Civil Veterinary Department. United Provinces 1923-31 - 1923-1931
Year: 1923
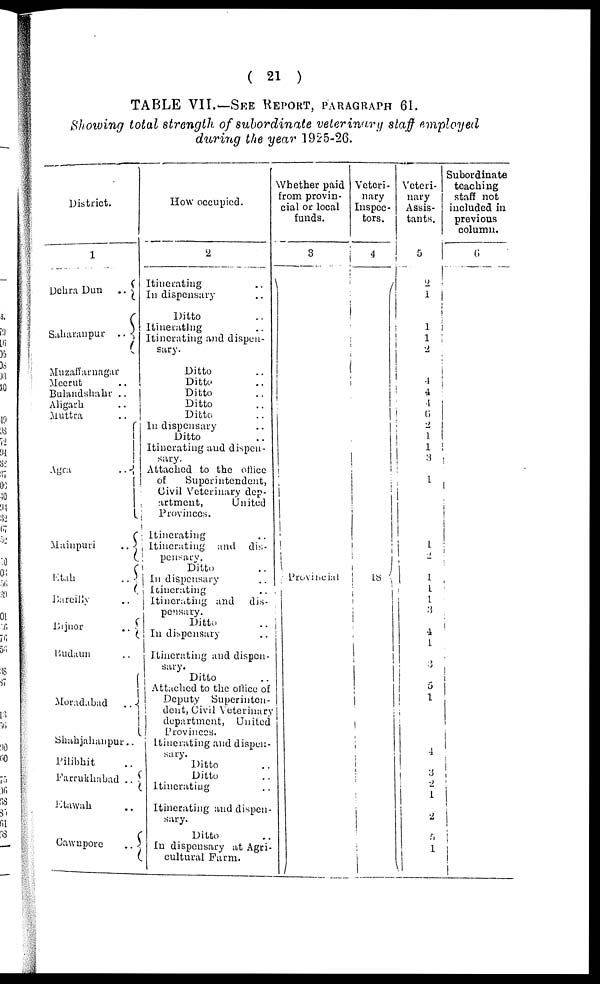
( 21 )
TABLE VII.—SEE REPORT, PARAGRAPHS 61.
Showing total strength of subordinate veterinary staff employed
during the year 1925-26.
District.
1
Dehra Dun
..
Saharanpur ..
Muzaffarnagar
Meerut ..
Bulandshahr ..
Aligarh ..
Muttra ..
Agra
..
Mainpuri
..
Etah
..
Bareilly ..
Bijnor ..
Budaun ..
Moradabad
..
Shahjahanpur ..
Pilibhit ..
Farrukhabad
..
Etawah ..
Cawnpore
..
How occupied.
2
Itinerating ..
In dispensary ..
Ditto ..
Itinerating ..
Itinerating and dispen-
sary.
Ditto ..
Ditto ..
Ditto ..
Ditto ..
Ditto ..
In dispensary ..
Ditto ..
Itinerating and dispen-
sary.
Attached to the office
of
Superintendent,
Civil Veterinary dep-
artment,
United
Provinces.
Itinerating ..
Itinerating and dis-
pensary.
Ditto ..
In dispensary ..
Itinerating ..
Itinerating and dis-
pensary.
Ditto ..
In dispensary ..
Itinerating and dispen-
sary.
Ditto ..
Attached to the office of
Deputy Superinten-
dent, Civil Veterinary
department, United
Provinces.
Itinerating and dispen-
sary.
Ditto ..
Ditto ..
Itinerating ..
Itinerating and dispen-
sary.
Ditto ..
In dispensary at Agri-
cultural Farm.
Whether paid
from provin-
cial or local
funds.
3
Provincial
Veteri-
nary
Inspec-
tors.
4
18
Veteri-
nary
Assis-
tants.
5
2
1
1
1
2
4
4
4
6
2
1
1
3
1
1
2
1
1
1
3
4
1
3
5
1
4
3
2
1
2
5
1
Subordinate
teaching
staff not
included in
previous
column.
6
i